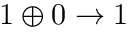
1 \oplus 0 \rightarrow 1